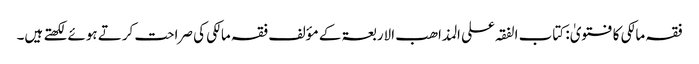
فقہ مالکی کا فتویٰ: کتاب الفقہ علی المذاھب الاربعۃ کے مؤلف فقہ مالکی کی صراحت کرتے ہوئے لکھتے ہیں۔